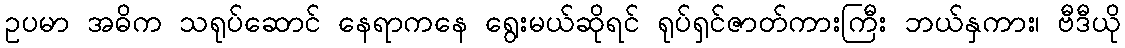
ဥပမာ အဓိက သရုပ်ဆောင် နေရာကနေ ရွေးမယ်ဆိုရင် ရုပ်ရှင်ဇာတ်ကားကြီး ဘယ်နှကား၊ ဗီဒီယို